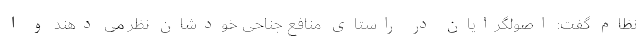
نظام گفت: اصولگرایان در راستای منافع جناحی خودشان نظر می دهند و ا